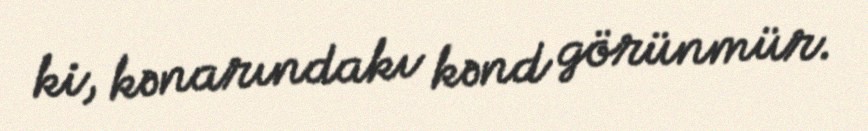
ki, kənarındakı kənd görünmür.